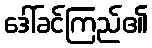
ဒေါ်ခင်ကြည်၏